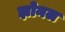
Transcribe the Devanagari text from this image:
झोनल